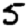
Digit: 5